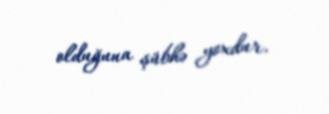
olduğuna şübhə yoxdur.